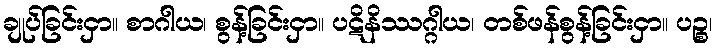
ချုပ်ခြင်းငှာ။ စာဂါယ၊ စွန့်ခြင်းငှာ။ ပဋိနိဿဂ္ဂါယ၊ တစ်ဖန်စွန့်ခြင်းငှာ။ ပဉ္စ၊